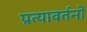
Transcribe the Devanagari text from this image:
प्रत्यावर्तनों